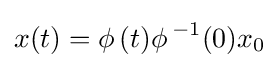
x(t)=\phi \,(t){\phi \,}^{-1}(0)x_{0}